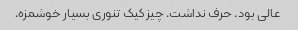
عالی بود. حرف نداشت. چیز کیک تنوری بسیار خوشمزه.